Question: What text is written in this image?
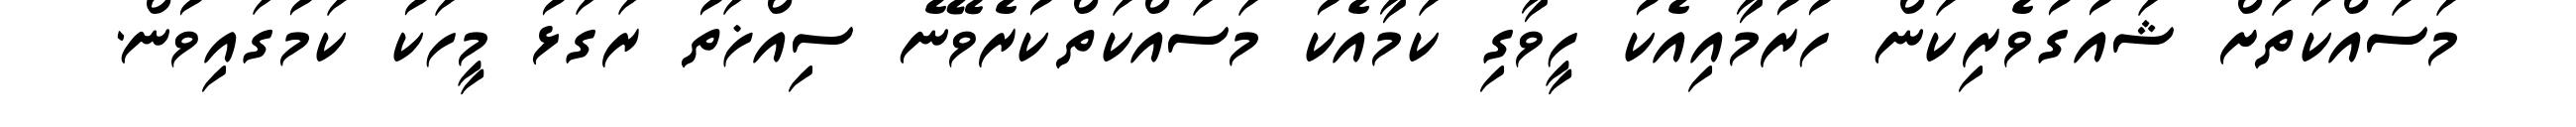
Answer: މަސައްކަތަށް ޝައުގުވެރިކަން ހުރުމާއިއެކު ހީވާގި ކަމާއެކު މަސައްކަތްކުރެވޭނެ ސިއްޚަތު ރަގަޅު މީހަކު ކަމުގައިވުން.